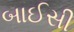
બાઈસી